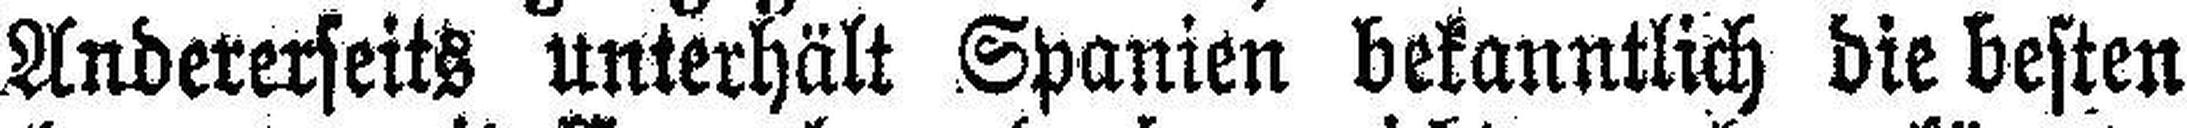
Andererseits unterhält Spanien bekanntlich die besten